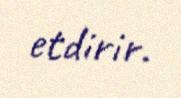
etdirir.